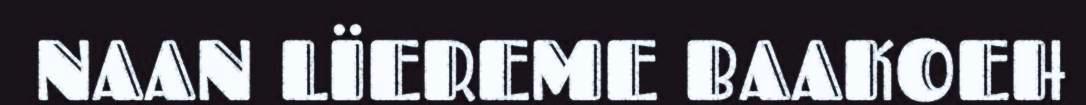
NAAN LÏEREME BAAKOEH